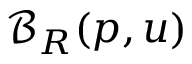
\mathcal B _ { R } ( p , u )